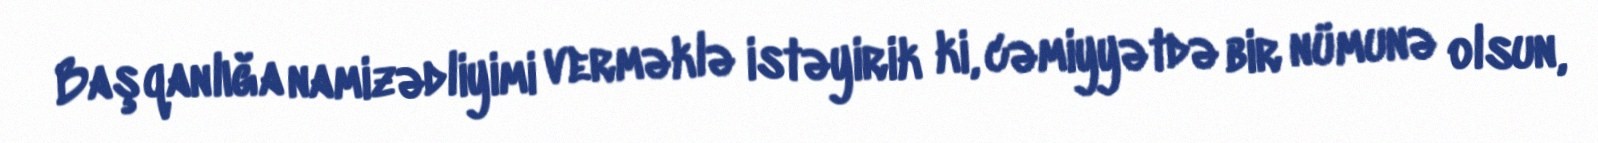
Başqanlığa namizədliyimi verməklə istəyirik ki, cəmiyyətdə bir nümunə olsun,